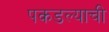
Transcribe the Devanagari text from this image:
पकडल्याची